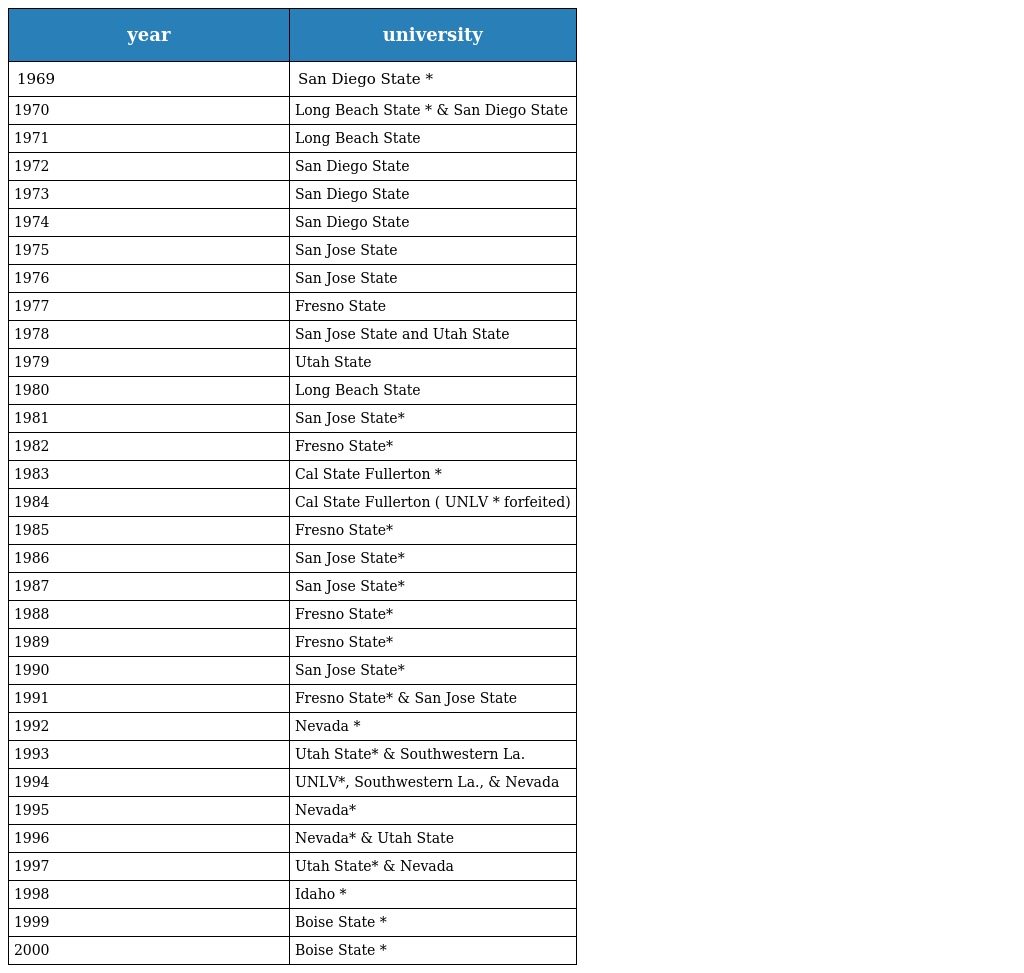
| year | university |
 | --- | --- |
 | 1969 | San Diego State * |
 | 1970 | Long Beach State * & San Diego State |
 | 1971 | Long Beach State |
 | 1972 | San Diego State |
 | 1973 | San Diego State |
 | 1974 | San Diego State |
 | 1975 | San Jose State |
 | 1976 | San Jose State |
 | 1977 | Fresno State |
 | 1978 | San Jose State and Utah State |
 | 1979 | Utah State |
 | 1980 | Long Beach State |
 | 1981 | San Jose State* |
 | 1982 | Fresno State* |
 | 1983 | Cal State Fullerton * |
 | 1984 | Cal State Fullerton ( UNLV * forfeited) |
 | 1985 | Fresno State* |
 | 1986 | San Jose State* |
 | 1987 | San Jose State* |
 | 1988 | Fresno State* |
 | 1989 | Fresno State* |
 | 1990 | San Jose State* |
 | 1991 | Fresno State* & San Jose State |
 | 1992 | Nevada * |
 | 1993 | Utah State* & Southwestern La. |
 | 1994 | UNLV*, Southwestern La., & Nevada |
 | 1995 | Nevada* |
 | 1996 | Nevada* & Utah State |
 | 1997 | Utah State* & Nevada |
 | 1998 | Idaho * |
 | 1999 | Boise State * |
 | 2000 | Boise State * |